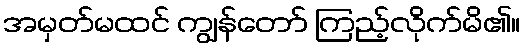
အမှတ်မထင် ကျွန်တော် ကြည့်လိုက်မိ၏။